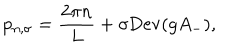
LaTeX: p _ { n , \sigma } = \frac { 2 \pi n } { L } + \sigma \mathrm { D e v } ( g A _ { - } ) ,